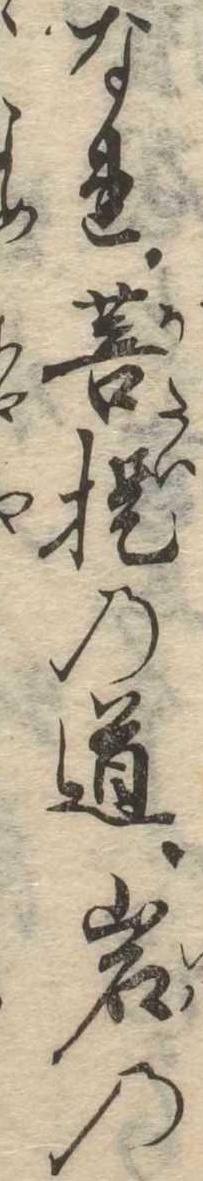
なれ菩提の道岩の